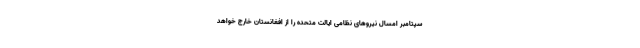
سپتامبر امسال نیروهای نظامی ایالت متحده را از افغانستان خارج خواهد